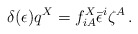
\begin{align*}\delta (\epsilon ) q^X= f^X_{iA}\bar \epsilon ^i\zeta ^A\,. \end{align*}